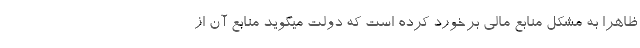
ظاهرا به مشکل منابع مالی برخورد کرده است که دولت میگوید منابع آن از